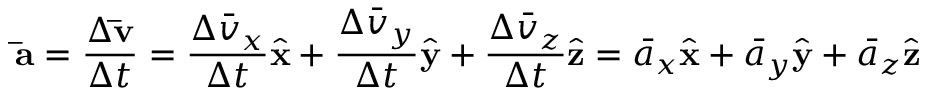
\mathbf { \bar { a } } = { \frac { \Delta \mathbf { \bar { v } } } { \Delta t } } = { \frac { \Delta { \bar { v } } _ { x } } { \Delta t } } { \hat { \mathbf { x } } } + { \frac { \Delta { \bar { v } } _ { y } } { \Delta t } } { \hat { \mathbf { y } } } + { \frac { \Delta { \bar { v } } _ { z } } { \Delta t } } { \hat { \mathbf { z } } } = { \bar { a } } _ { x } { \hat { \mathbf { x } } } + { \bar { a } } _ { y } { \hat { \mathbf { y } } } + { \bar { a } } _ { z } { \hat { \mathbf { z } } }